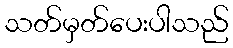
သတ်မှတ်ပေးပါသည်